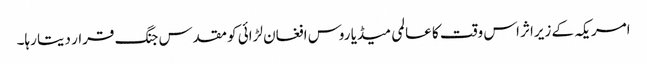
امریکہ کے زیراثر اس وقت کا عالمی میڈیا روس افغان لڑائی کو مقدس جنگ قرار دیتا رہا۔